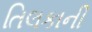
તિલકાની